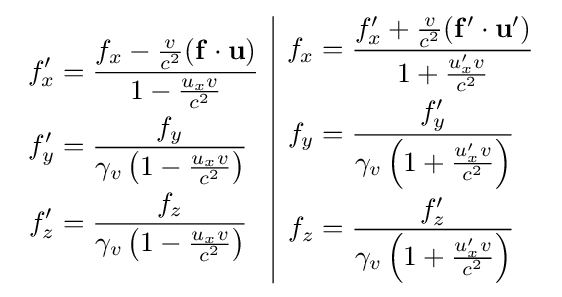
{\begin{array}{c|c}{\begin{aligned}f_{x}^{\prime }&={\frac {f_{x}-{\frac {v}{c^{2}}}(\mathbf {f} \cdot \mathbf {u} )}{1-{\frac {u_{x}v}{c^{2}}}}}\\f_{y}^{\prime }&={\frac {f_{y}}{\gamma _{v}\left(1-{\frac {u_{x}v}{c^{2}}}\right)}}\\f_{z}^{\prime }&={\frac {f_{z}}{\gamma _{v}\left(1-{\frac {u_{x}v}{c^{2}}}\right)}}\end{aligned}}&{\begin{aligned}f_{x}&={\frac {f_{x}^{\prime }+{\frac {v}{c^{2}}}(\mathbf {f} ^{\prime }\cdot \mathbf {u} ^{\prime })}{1+{\frac {u_{x}^{\prime }v}{c^{2}}}}}\\f_{y}&={\frac {f_{y}^{\prime }}{\gamma _{v}\left(1+{\frac {u_{x}^{\prime }v}{c^{2}}}\right)}}\\f_{z}&={\frac {f_{z}^{\prime }}{\gamma _{v}\left(1+{\frac {u_{x}^{\prime }v}{c^{2}}}\right)}}\end{aligned}}\end{array}}